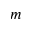
m